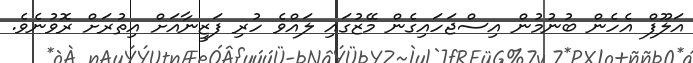
އަލޫފް އެހެން ބުނުމުން އިސްޖަހައިގެން މޭޒުގައި ލައްވެ ހުރި ފަޒީނާއަށް އިތުރަށް ރޮވުނެވެ.